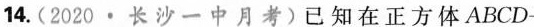
14.(2020·长沙一中月考)已知在正方体ABCD-